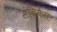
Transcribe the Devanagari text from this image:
संचिकेस